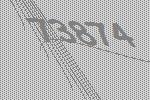
73874